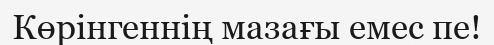
Көрінгеннің мазағы емес пе!